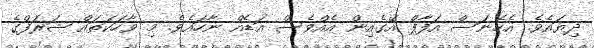
ދިޔައެވެ. އެހެނަސް އަފާފް އޭގެއިން އެއްވެސް އަޑެއް ނާހައެވެ. މި ވާހަކަތައް ޝަރަފްގެ